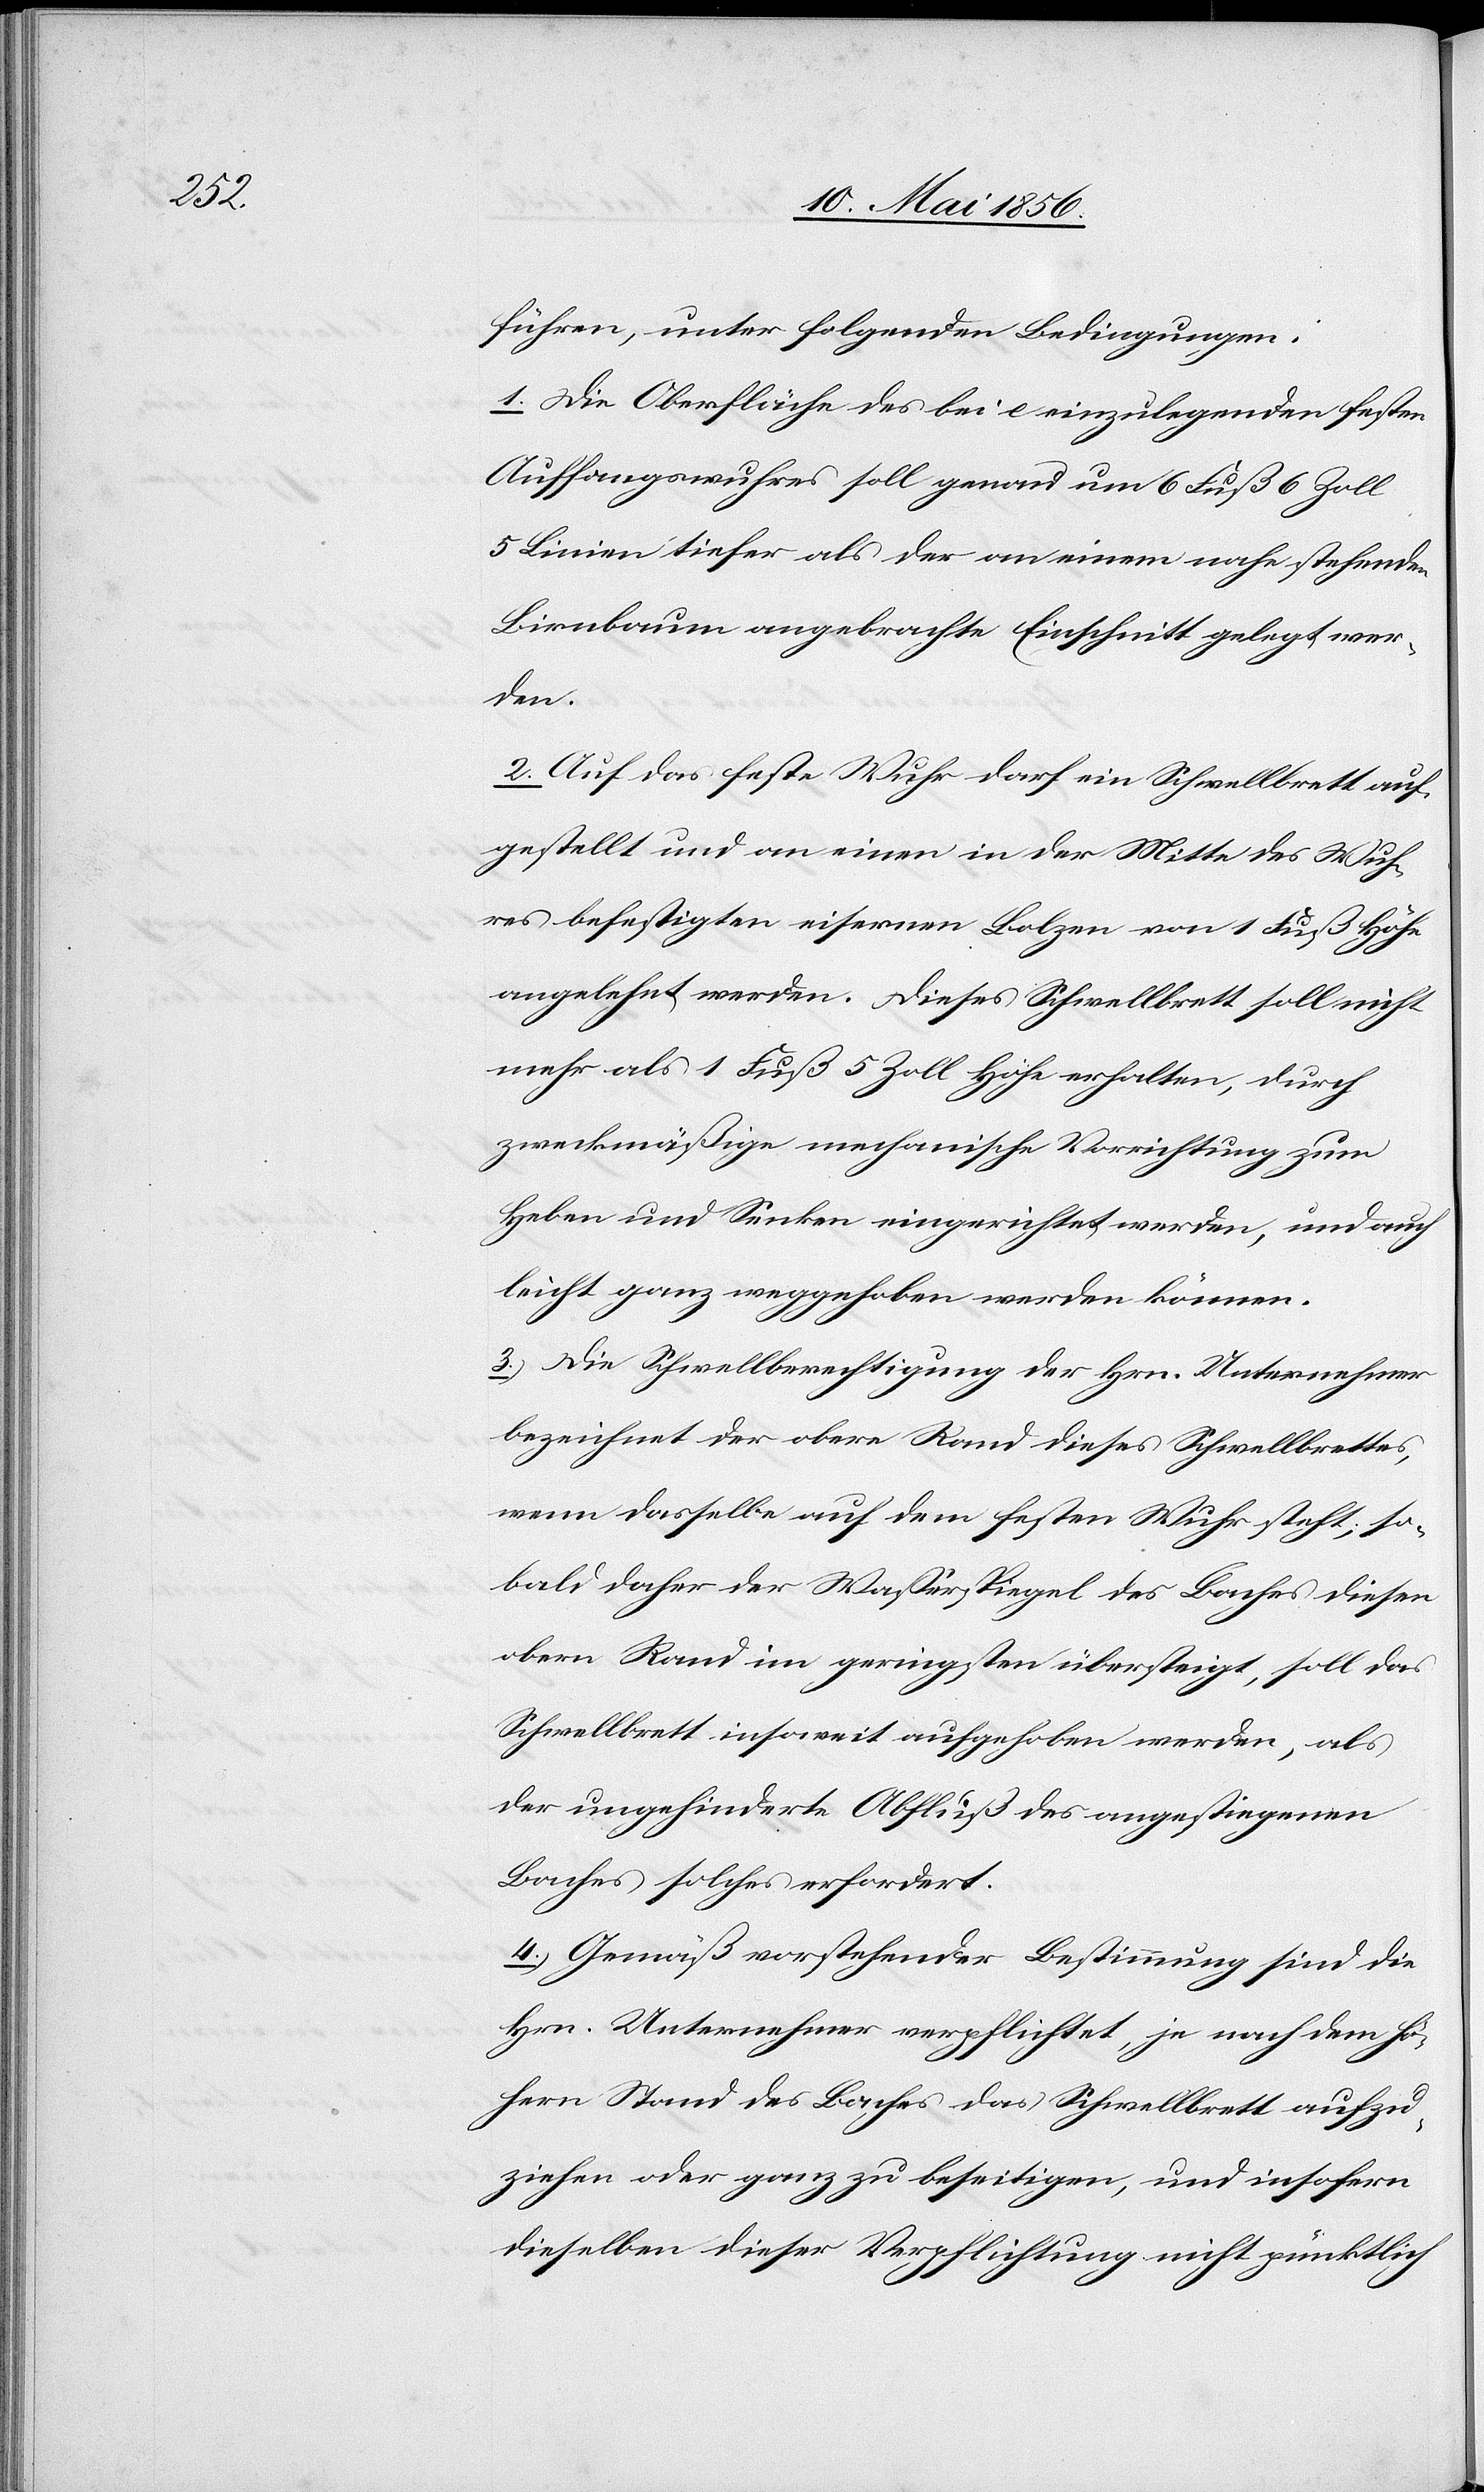
führen, unter folgenden Bedingungen:
1. Die Oberfläche des bei e einzulegenden festen
Auffangswuhres soll genau um 6 Fuß 6 Zoll
5 Linien tiefer als der an einem nahe stehenden
Birnbaum angebrachte Einschnitt gelegt wer¬
den.
2. Auf das feste Wuhr darf ein Schwellbrett auf¬
gestellt und an einen in der Mitte des Wuh¬
res befestigten eisernen Bolzen von 1 Fuß Höhe
angelehnt werden. Dieses Schwellbrett soll nicht
mehr als 1 Fuß 5 Zoll Höhe erhalten, durch
zweckmäßige mechanische Verrichtung zum
Heben und Senken eingerichtet werden, und auch
leicht ganz weggehoben werden können.
3. Die Schwellberechtigung der Hrn. Unternehmer
bezeichnet der obere Rand dieses Schwellbrettes,
wenn dasselbe auf dem festen Wuhr steht; so¬
bald daher der Wasserspiegel des Baches diesen
obern Rand im geringsten übersteigt, soll das
Schwellbrett insoweit aufgehoben werden, als
der ungehinderte Abfluß des angestiegenen
Baches solches erfordert.
4. Gemäß vorstehender Bestimmung sind die
Hrn. Unternehmer verpflichtet, je nach dem hö¬
hern Stand des Baches das Schwellbrett aufzu¬
ziehen oder ganz zu beseitigen, und insofern
dieselben dieser Verpflichtung nicht pünktlich